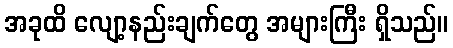
အခုထိ လျော့နည်းချက်တွေ အများကြီး ရှိသည်။